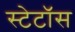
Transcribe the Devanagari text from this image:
स्टेटॉस